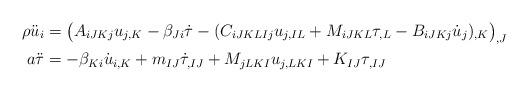
LaTeX: \begin{align*} \rho \ddot{u}_i &= \big(A_{iJKj} u_{j,K} - \beta_{Ji} \dot{\tau} -(C_{iJKLIj} u_{j,IL} + M_{iJKL} \tau_{,L} - B_{iJKj}\dot{u}_{j})_{,K}\big)_{,J} \\a \ddot{\tau} &=-\beta_{Ki} \dot{u}_{i,K} + m_{IJ}\dot{\tau}_{,IJ} + M_{jLKI} u_{j,LKI} + K_{IJ}\tau_{,IJ}\end{align*}